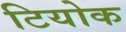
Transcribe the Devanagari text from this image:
टियोक